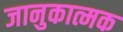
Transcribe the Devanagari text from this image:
जानुकात्मक